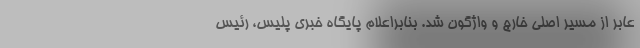
عابر از مسیر اصلی خارج و واژگون شد. بنابراعلام پایگاه خبری پلیس، رئیس